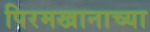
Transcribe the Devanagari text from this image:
पिरमखानाच्या